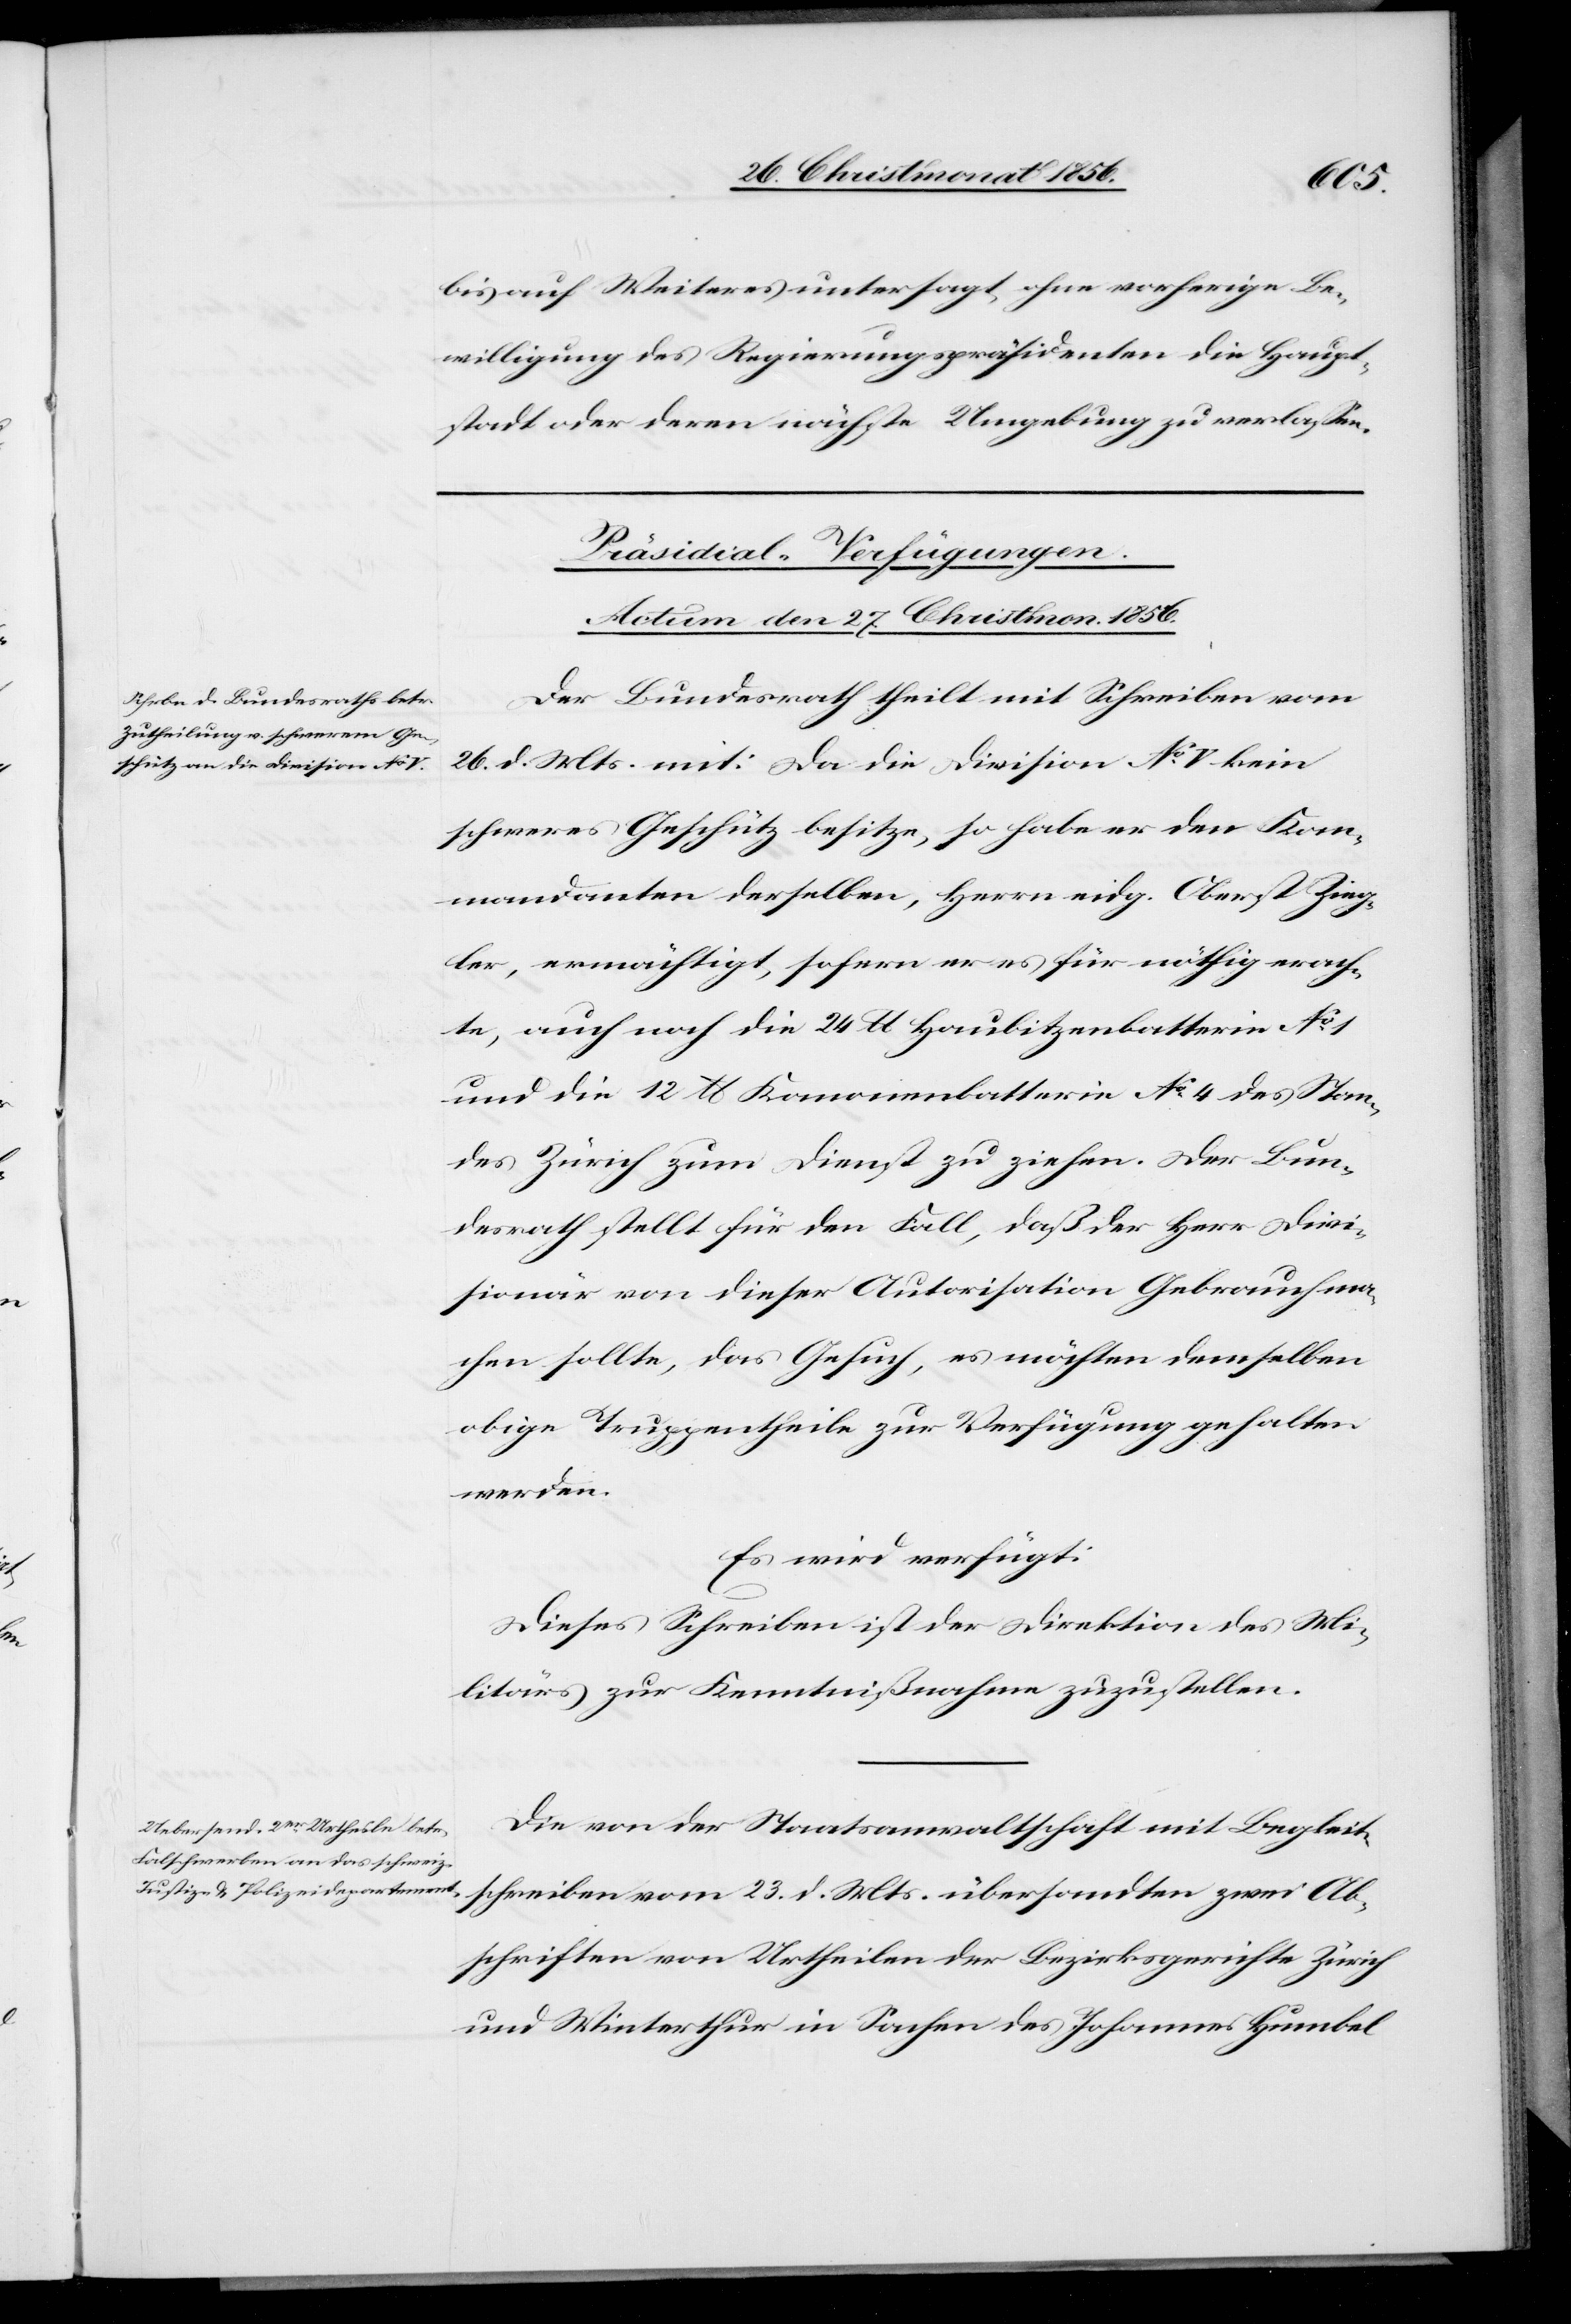
bis auf Weiteres untersagt ohne vorherige Be¬
willigung des Regierungspräsidenten die Haupt¬
stadt oder deren nächste Umgebung zu verlassen.
[Präsidial-Verfügungen.
Actum den 27. Christmon. 1856.]
Der Bundesrath theilt mit Schreiben vom
26. d. Mts. mit: Da die Division No V kein
schweres Geschütz besitze, so habe er den Kom¬
mandanten derselben, Herrn eidg. Oberst Zieg¬
ler, ermächtigt, sofern er es für nöthig erach¬
te, auch noch die 24 lb Haubitzenbatterie No
und die 12 lb Kanonenbatterie No 4 des Stan¬
des Zürich um Dienst zu ziehen. Der Bun¬
desrath stellt für den Fall, daß der Herr Divi¬
sionär von dieser Autorisation Gebrauch ma¬
chen sollte, das Gesuch, es möchten demselben
obige Truppentheile zur Verfügung gehalten
werden.
Es wird verfügt:
Dieses Schreiben ist der Direktion des Mi¬
litärs zur Kenntnißnahme zuzustellen.
Die von der Staatsanwaltschaft mit Begleit¬
schreiben vom 23. d. Mts. übersandten zwei Ab¬
schriften von Urtheilen der Bezirksgerichte Zürich
und Winterthur in Sachen des Johannes Humbel